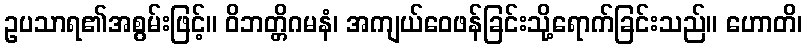
ဥပသာရ၏အစွမ်းဖြင့်။ ဝိဘတ္တိဂမနံ၊ အကျယ်ဝေဖန်ခြင်းသို့ရောက်ခြင်းသည်။ ဟောတိ၊